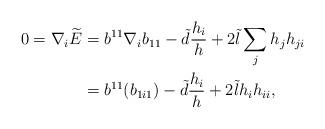
LaTeX: \begin{align*}0=\nabla_{i}\widetilde{E}&=b^{11}\nabla_{i}b_{11}-\tilde{d}\frac{h_{i}}{h}+2\tilde{l} \sum_{j}h_{j}h_{ji}\\&=b^{11}(b_{1i1})-\tilde{d}\frac{h_{i}}{h}+2\tilde{l}h_{i}h_{ii},\end{align*}